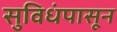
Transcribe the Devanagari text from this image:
सुविधंपासून